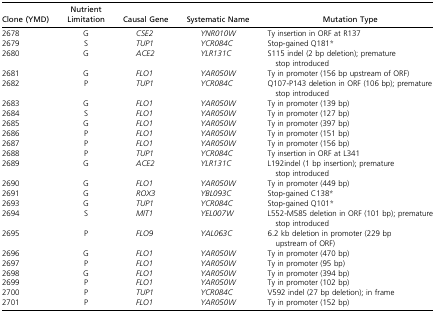
<table><thead><tr><td><b>Clone (YMD)</b></td><td><b>Nutrient Limitation</b></td><td><b>Causal Gene</b></td><td><b>Systematic Name</b></td><td><b>Mutation Type</b></td></tr></thead><tbody><tr><td>2678</td><td>G</td><td><i>CSE2</i></td><td><i>YNR010W</i></td><td>Ty insertion in ORF at R137</td></tr><tr><td>2679</td><td>S</td><td><i>TUP1</i></td><td><i>YCR084C</i></td><td>Stop-gained Q181*</td></tr><tr><td>2680</td><td>G</td><td><i>ACE2</i></td><td><i>YLR131C</i></td><td>S115 indel (2 bp deletion); premature stop introduced</td></tr><tr><td>2681</td><td>G</td><td><i>FLO1</i></td><td><i>YAR050W</i></td><td>Ty in promoter (156 bp upstream of ORF)</td></tr><tr><td>2682</td><td>P</td><td><i>TUP1</i></td><td><i>YCR084C</i></td><td>Q107-P143 deletion in ORF (106 bp); premature stop introduced</td></tr><tr><td>2683</td><td>G</td><td><i>FLO1</i></td><td><i>YAR050W</i></td><td>Ty in promoter (139 bp)</td></tr><tr><td>2684</td><td>S</td><td><i>FLO1</i></td><td><i>YAR050W</i></td><td>Ty in promoter (127 bp)</td></tr><tr><td>2685</td><td>G</td><td><i>FLO1</i></td><td><i>YAR050W</i></td><td>Ty in promoter (397 bp)</td></tr><tr><td>2686</td><td>P</td><td><i>FLO1</i></td><td><i>YAR050W</i></td><td>Ty in promoter (151 bp)</td></tr><tr><td>2687</td><td>P</td><td><i>FLO1</i></td><td><i>YAR050W</i></td><td>Ty in promoter (156 bp)</td></tr><tr><td>2688</td><td>P</td><td><i>TUP1</i></td><td><i>YCR084C</i></td><td>Ty insertion in ORF at L341</td></tr><tr><td>2689</td><td>G</td><td><i>ACE2</i></td><td><i>YLR131C</i></td><td>L192indel (1 bp insertion); premature stop introduced</td></tr><tr><td>2690</td><td>G</td><td><i>FLO1</i></td><td><i>YAR050W</i></td><td>Ty in promoter (449 bp)</td></tr><tr><td>2691</td><td>G</td><td><i>ROX3</i></td><td><i>YBL093C</i></td><td>Stop-gained C138*</td></tr><tr><td>2693</td><td>G</td><td><i>TUP1</i></td><td><i>YCR084C</i></td><td>Stop-gained Q101*</td></tr><tr><td>2694</td><td>S</td><td><i>MIT1</i></td><td><i>YEL007W</i></td><td>L552-M585 deletion in ORF (101 bp); premature stop introduced</td></tr><tr><td>2695</td><td>P</td><td><i>FLO9</i></td><td><i>YAL063C</i></td><td>6.2 kb deletion in promoter (229 bp upstream of ORF)</td></tr><tr><td>2696</td><td>G</td><td><i>FLO1</i></td><td><i>YAR050W</i></td><td>Ty in promoter (470 bp)</td></tr><tr><td>2697</td><td>P</td><td><i>FLO1</i></td><td><i>YAR050W</i></td><td>Ty in promoter (95 bp)</td></tr><tr><td>2698</td><td>G</td><td><i>FLO1</i></td><td><i>YAR050W</i></td><td>Ty in promoter (394 bp)</td></tr><tr><td>2699</td><td>P</td><td><i>FLO1</i></td><td><i>YAR050W</i></td><td>Ty in promoter (102 bp)</td></tr><tr><td>2700</td><td>P</td><td><i>TUP1</i></td><td><i>YCR084C</i></td><td>V592 indel (27 bp deletion); in frame</td></tr><tr><td>2701</td><td>P</td><td><i>FLO1</i></td><td><i>YAR050W</i></td><td>Ty in promoter (152 bp)</td></tr></tbody></table>